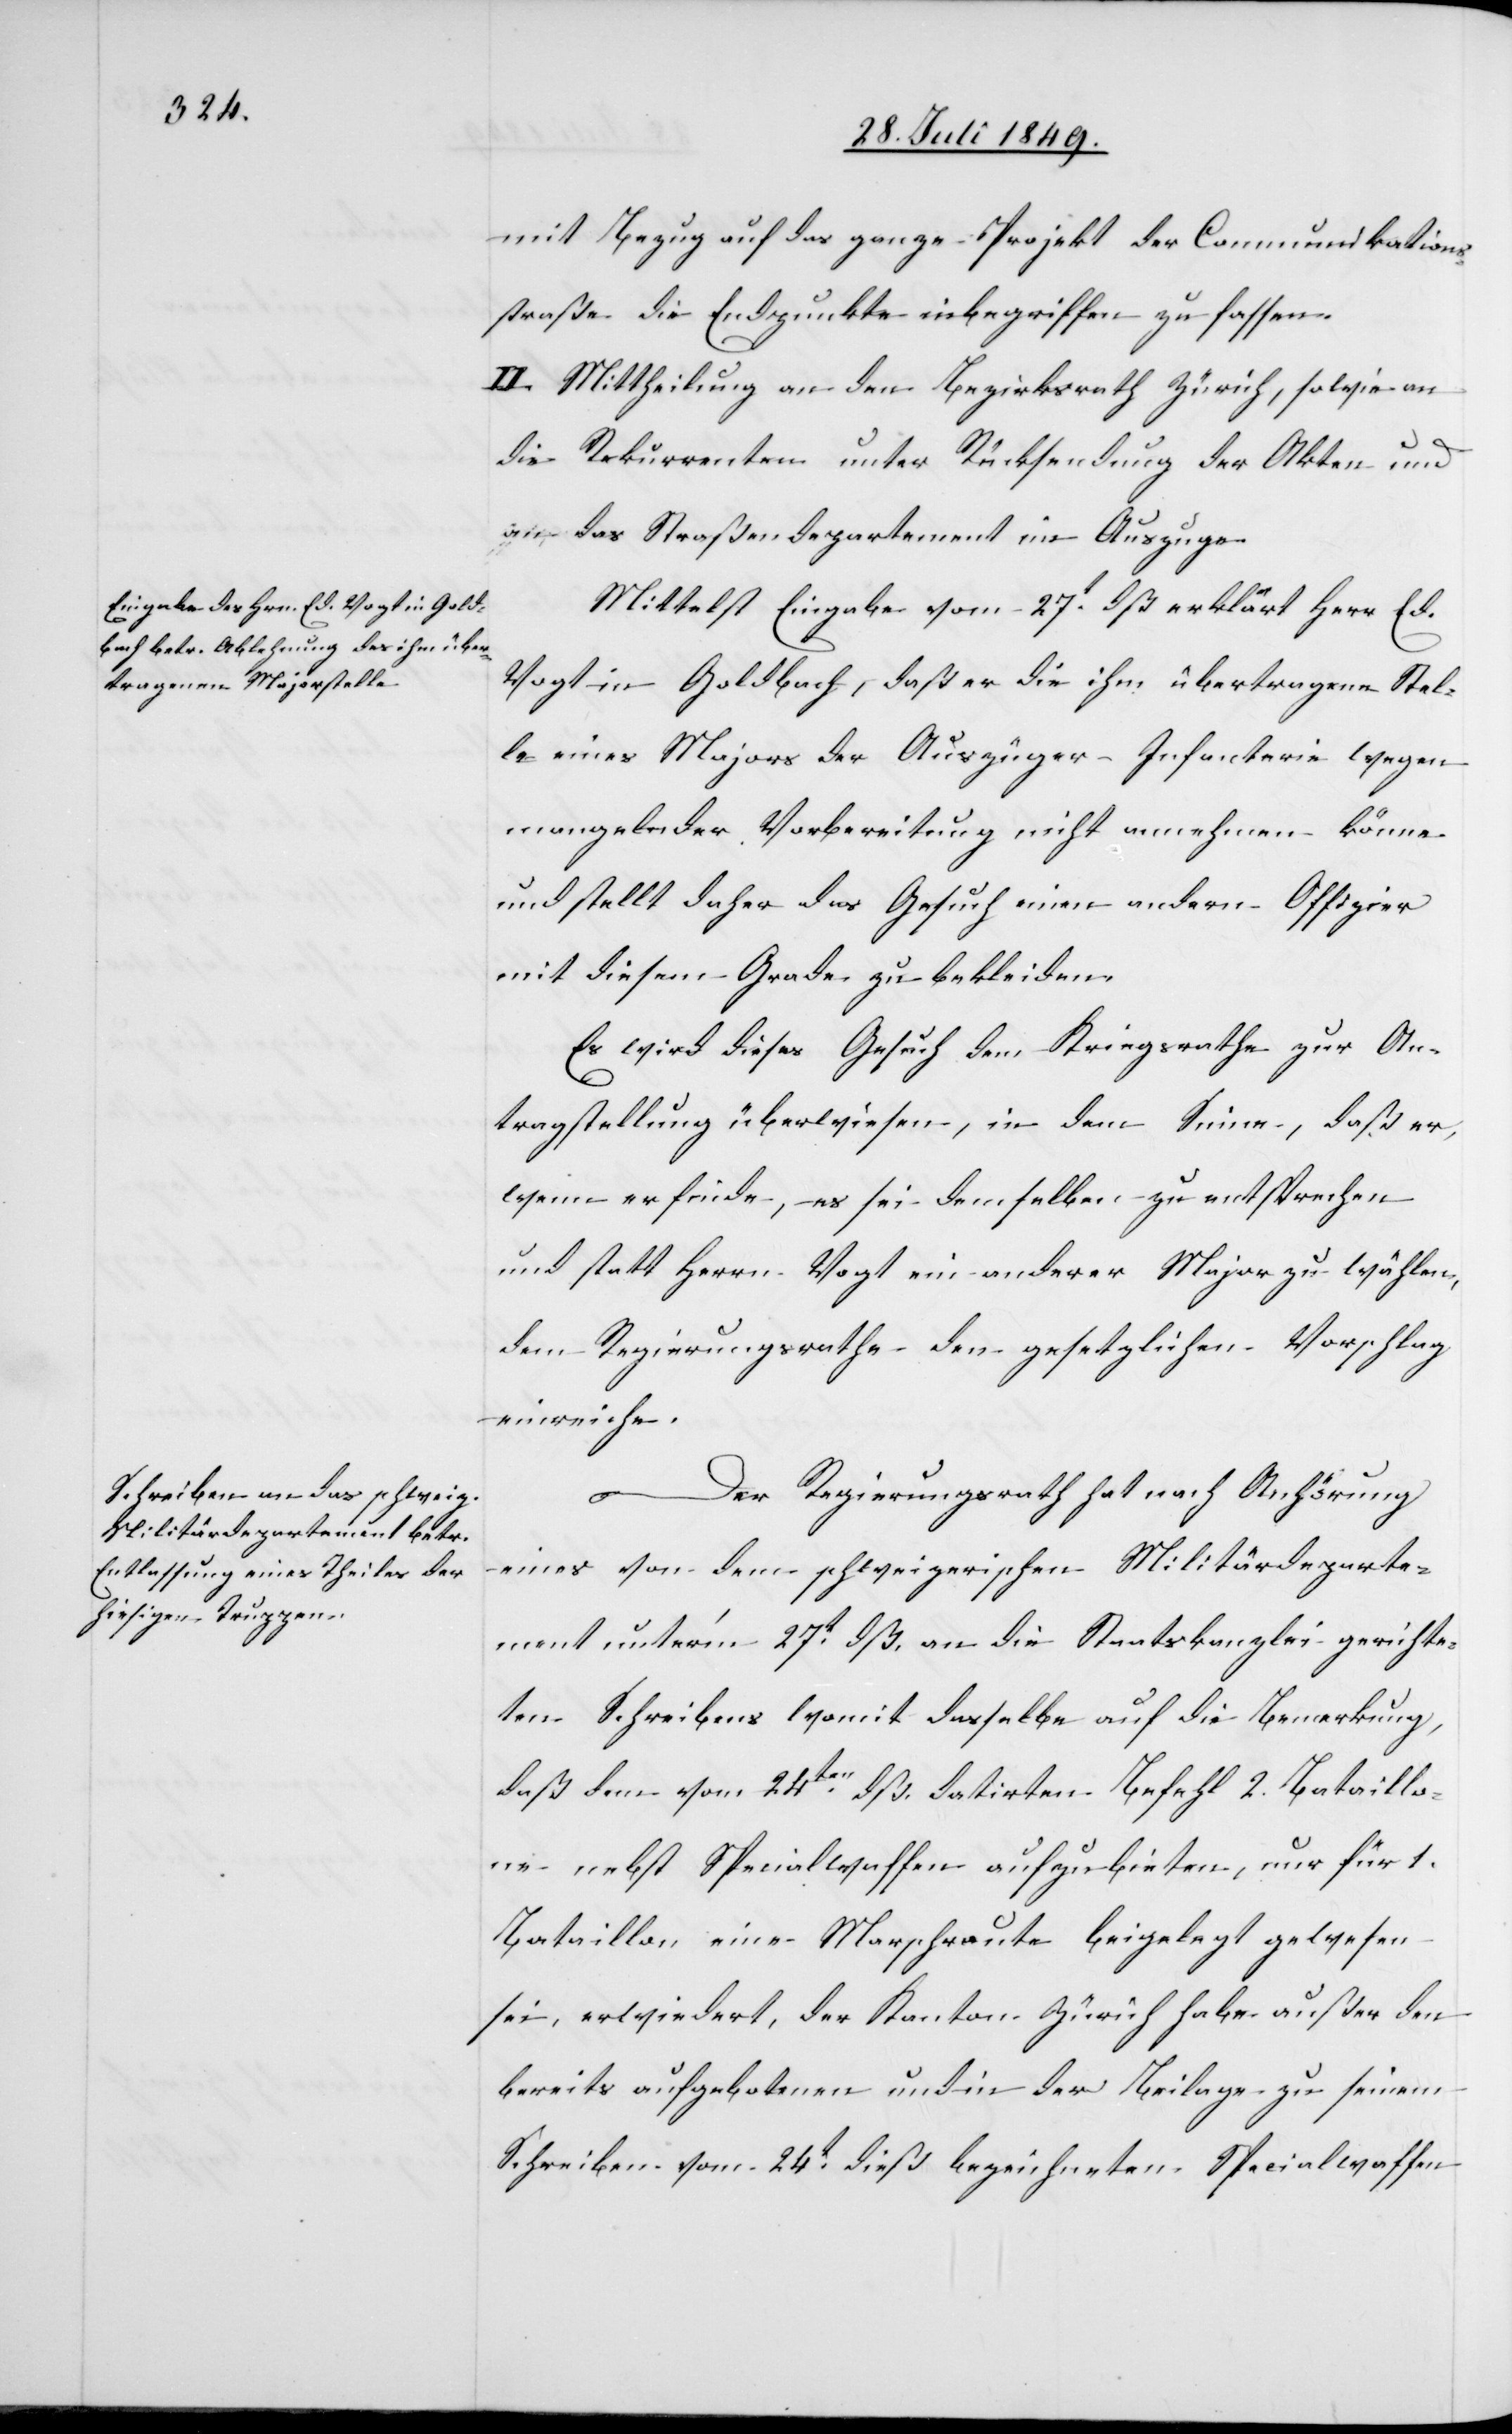
Mittelst Eingabe vom 27t dß erklärt Herr Ed.
Vogt in Goldbach, daß er die ihm übertragene Stel¬
le eines Majors der Auszüger-Infanterie wegen
mangelnder Vorbereitung nicht annehmen könne
und stellt daher das Gesuch einen andern Offizier
mit diesem Grade zu bekleiden.
Es wird dieses Gesuch dem Kriegsrathe zur An¬
tragstellung überwiesen, in dem Sinne, daß er,
wenn er finde, es sei demselben zu entsprechen
und statt Herrn Vogt ein anderer Major zu wählen,
dem Regierungsrathe den gesetzlichen Vorschlag
einreiche.
Der Regierungsrath hat nach Anhörung
eines von dem schweizerischen Militärdeparte¬
ment unter’m 27t dß. an die Staatskanzlei gerichte¬
ten Schreibens womit dasselbe auf die Bemerkung,
daß dem vom 24ten dß. datirten Befehl 2. Bataillo¬
ne nebst Specialwaffen aufzubieten, nur für 1.
Bataillon eine Marschroute beigelegt gewesen
sei, erwiedert, der Kanton Zürich habe außer den
bereits aufgebotenen und in der Beilage zu seinem
Schreiben vom 24t dieß bezeichneten Specialwaffen